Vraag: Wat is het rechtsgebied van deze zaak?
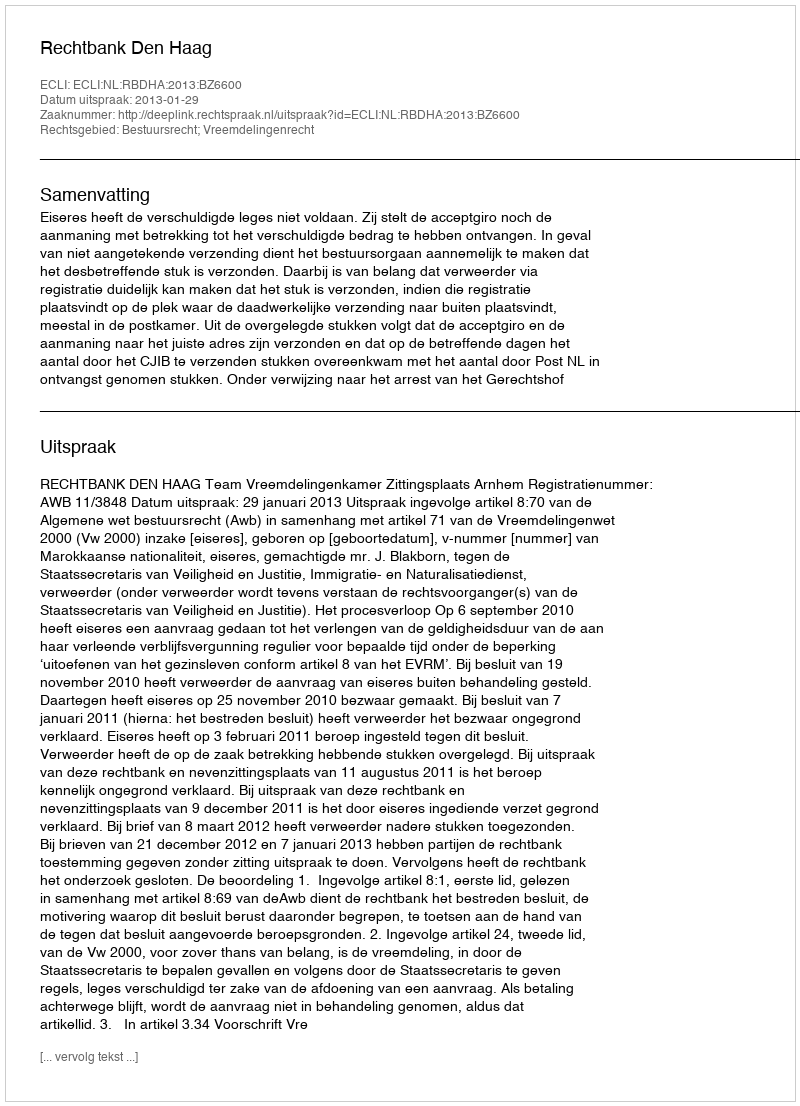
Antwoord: Bestuursrecht; Vreemdelingenrecht